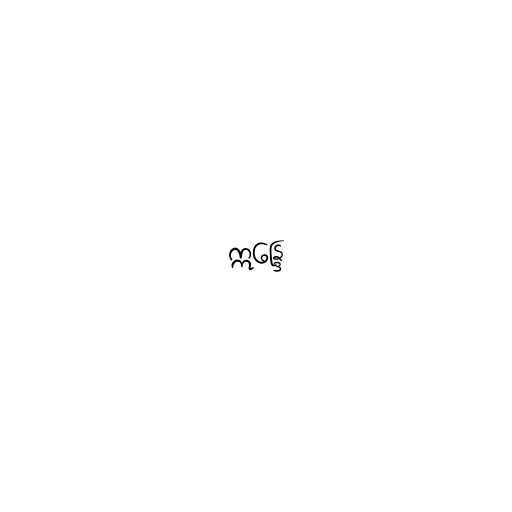
ဣန္ဒြေ